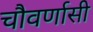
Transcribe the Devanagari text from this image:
चौवर्णासी